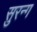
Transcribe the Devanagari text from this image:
सुरन्ग